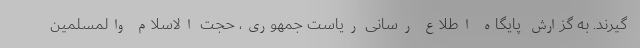
گیرند. به گزارش پایگاه اطلاع رسانی ریاست جمهوری، حجت الاسلام والمسلمین